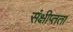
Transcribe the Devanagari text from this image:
संक्षीप्तता